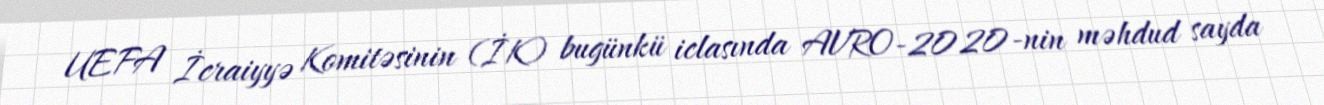
UEFA İcraiyyə Komitəsinin (İK) bugünkü iclasında AVRO-2020-nin məhdud sayda